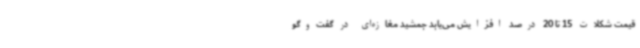
قیمت شکلات 15 تا 20 درصد افزایش می‌یابد جمشید مغازه‌ای در گفت‌وگو